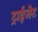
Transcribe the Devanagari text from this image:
ट्राईजेट